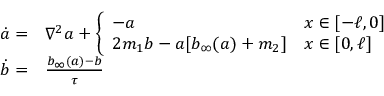
\begin{array} { r l } { \dot { a } = } & { { } \nabla ^ { 2 } a + \left\{ \begin{array} { l l } { - a } & { x \in [ - \ell , 0 ] } \\ { 2 m _ { 1 } b - a [ b _ { \infty } ( a ) + m _ { 2 } ] } & { x \in [ 0 , \ell ] } \end{array} \right. } \\ { \dot { b } = } & { { } \frac { b _ { \infty } ( a ) - b } { \tau } } \end{array}